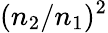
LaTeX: (n_{2}/n_{1})^{2}